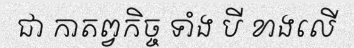
ជា កាតព្វកិច្ច ទាំង បី ខាងលើ